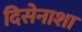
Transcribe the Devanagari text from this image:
दिसेनाशा